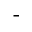
^ { - }